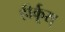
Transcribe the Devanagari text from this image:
हीर्कूस्